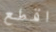
اقطع